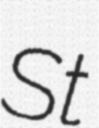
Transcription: St